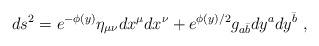
LaTeX: \begin{align*}ds^2 = e^{-\phi(y)}\eta_{\mu\nu}dx^{\mu}dx^{\nu}+ e^{ \phi(y)/2}g_{a{\bar b}}dy^ady^{\bar b} \ ,\end{align*}